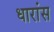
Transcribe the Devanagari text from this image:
धारांस